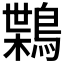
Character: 𪃸